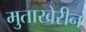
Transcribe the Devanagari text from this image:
मुताखेरीन